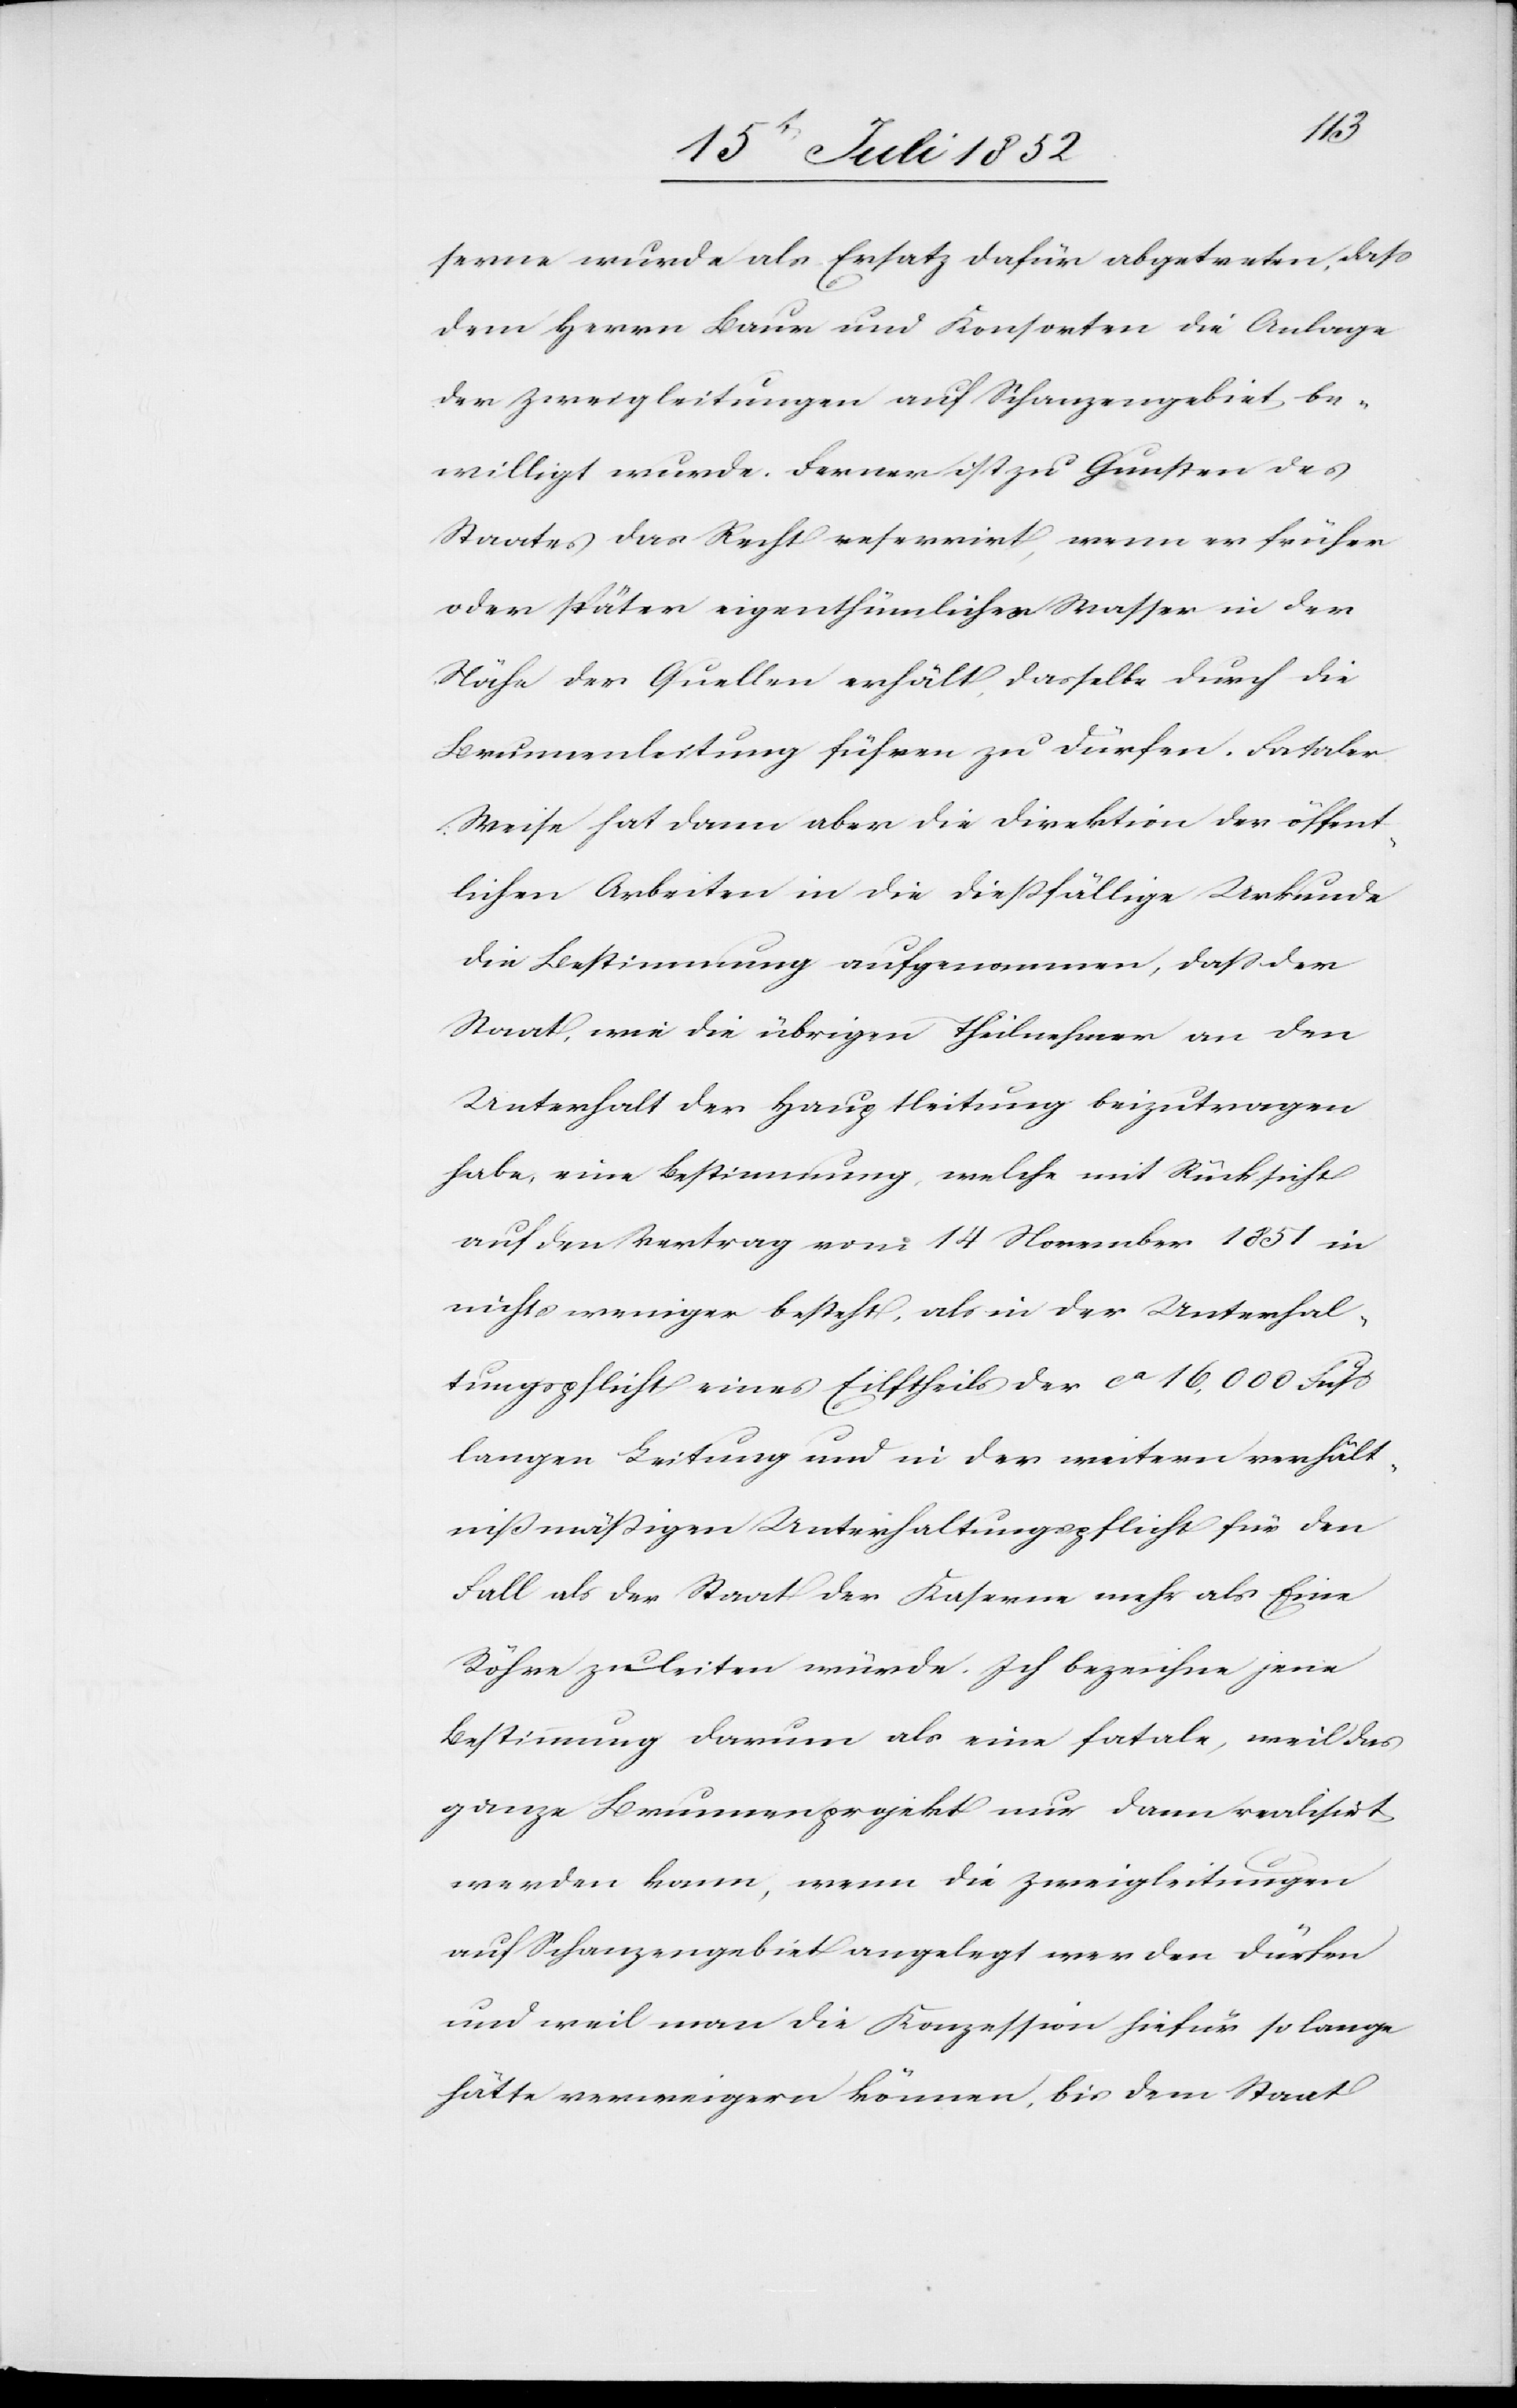
serne wurde als Ersatz dafür abgetreten, dass
dem Herrn Baur und Konsorten die Anlage
der Zweigleitungen auf Schanzengebiet be¬
willigt wurde. Ferner ist zu Gunsten des
Staates das Recht reservirt, wenn er früher
oder später eigenthümliches Wasser in der
Nähe der Quellen erhält, dasselbe durch die
Brunnenleitung führen zu dürfen. Fataler
Weise hat dann aber die Direktion der öffent¬
lichen Arbeiten in die dießfällige Urkunde
die Bestimmung aufgenommen, dass der
Staat, wie die übrigen Theilnehmer an den
Unterhalt der Hauptleitung beizutragen
habe, eine Bestimmung, welche mit Rücksicht
auf den Vertrag vom 14 November 1851 in
nichts weniger besteht, als in der Unterhal¬
tungspflicht eines Eilftheils der ca 16,000 Fuss
langen Leitung und in der weitern verhält¬
nißmäßigen Unterhaltungspflicht für den
Fall als der Staat der Kaserne mehr als Eine
Röhre zuleiten würde. Ich bezeichne jene
Bestimmung darum als eine fatale, weil das
ganze Brunnenprojekt nur dann realisirt
werden kann, wenn die Zweigleitungen
auf Schanzengebiet angelegt werden dürfen
und weil man die Konzession hiefür so lange
hätte verweigern können, bis dem Staat